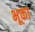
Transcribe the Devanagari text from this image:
भूका